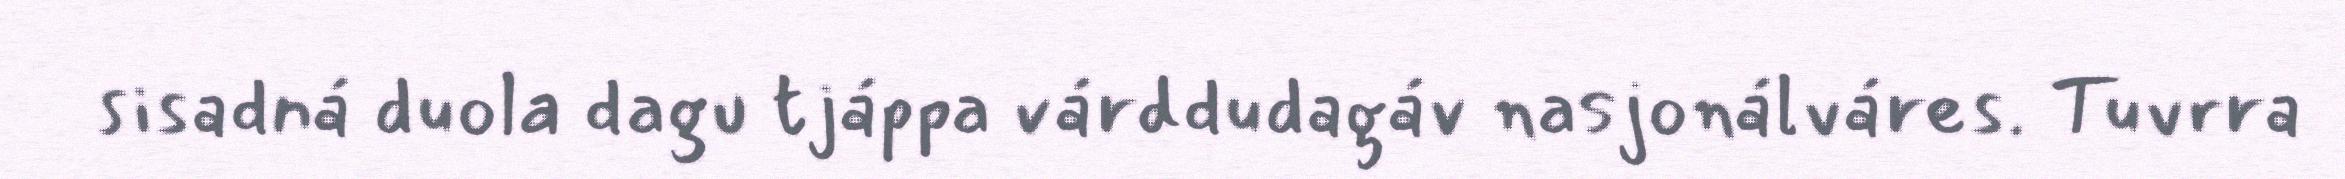
sisadná duola dagu tjáppa várddudagáv nasjonálváres. Tuvrra